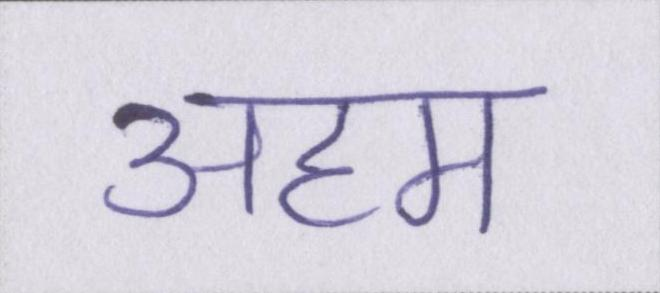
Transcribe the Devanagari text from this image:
अहम